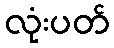
လုံးပတ်